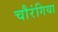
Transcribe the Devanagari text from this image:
चौरंगिया